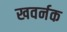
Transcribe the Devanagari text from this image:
खवर्नक